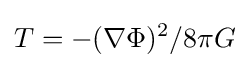
T=-(\nabla \Phi )^{2}/8\pi G